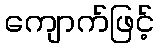
ကျောက်ဖြင့်